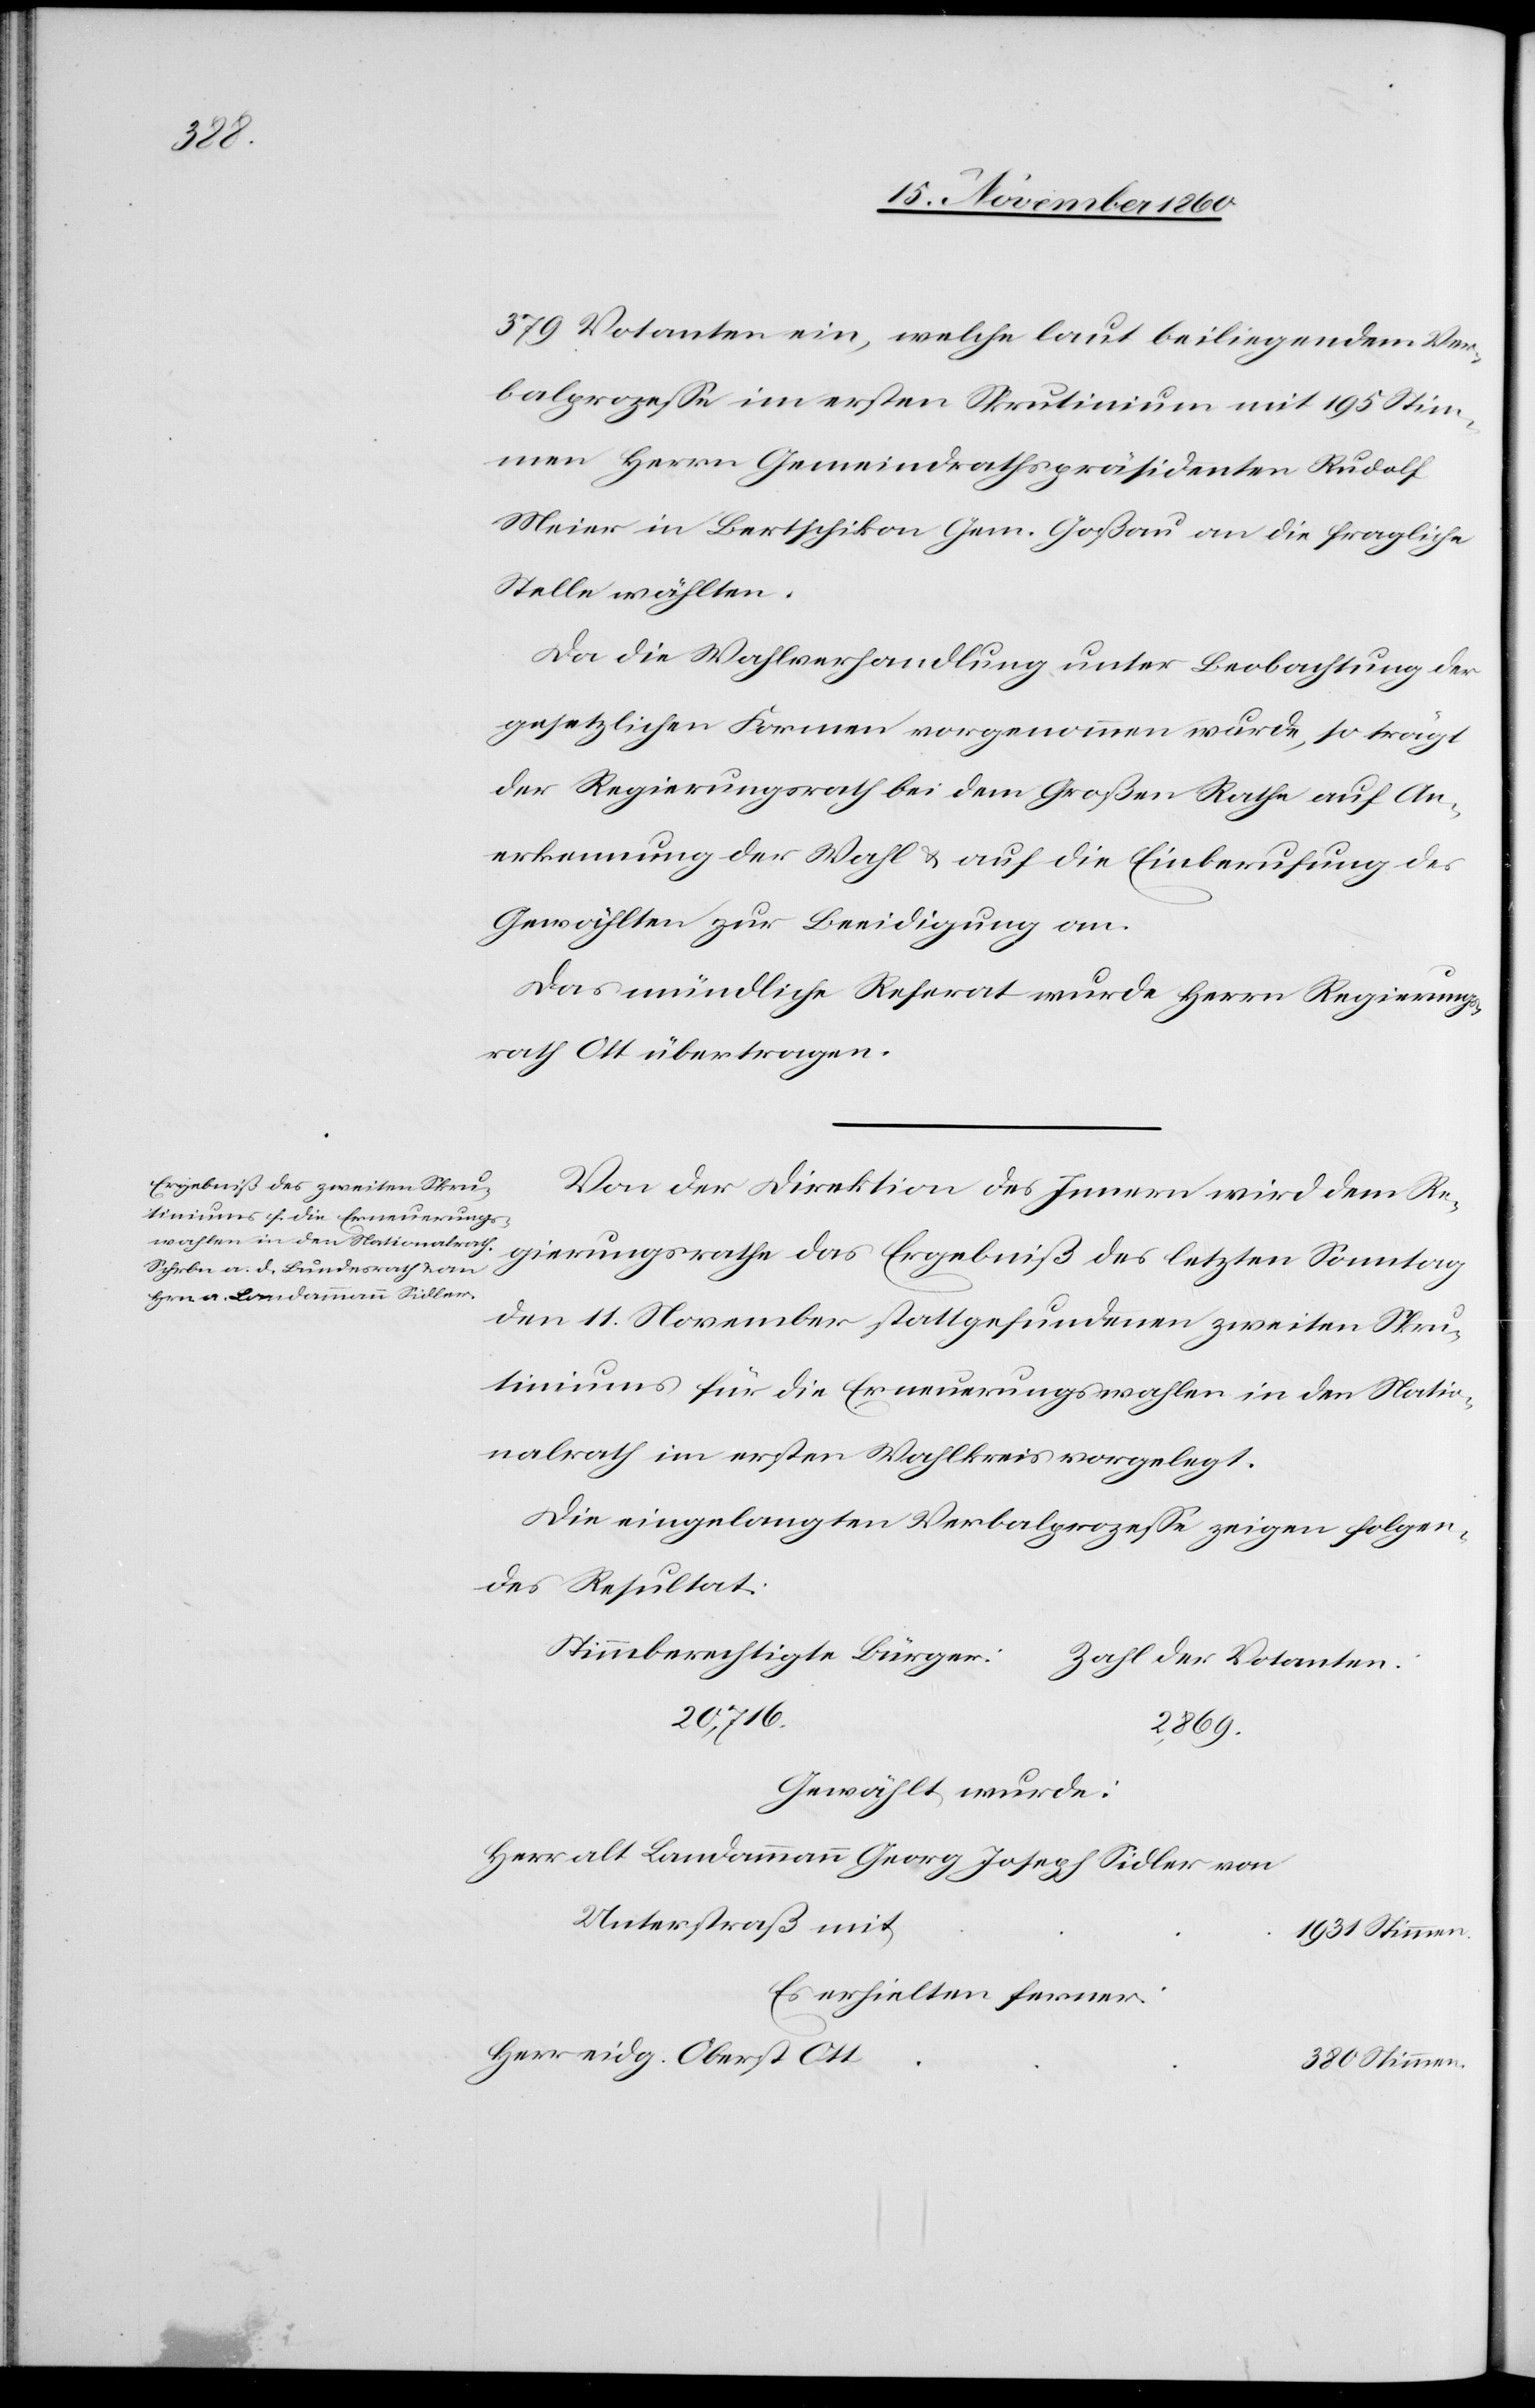
380

379 Votanten ein, welche laut beiliegendem Ver¬
balprozesse im ersten Skrutinium mit 195 Stim¬
men Herrn Gemeindrathspräsidenten Rudolf
Meier in Bertschikon Gem. Goßau an die fragliche
Stelle wählten.
Da die Wahlverhandlung unter Beobachtung der
gesetzlichen Formen vorgenommen wurde, so trägt
der Regierungsrath bei dem Großen Rathe auf An¬
erkennung der Wahl u. auf die Einberufung des
Gewählten zur Beeidigung an.
Das mündliche Referat wurde Herrn Regierungs¬
rath Ott übertragen.
Von der Direktion des Innern wird dem Re¬
gierungsrathe das Ergebniß des letzten Sonntag
den 11. November stattgefundenen zweiten Skru¬
tiniums für die Erneuerungswahlen in den Natio¬
nalrath im ersten Wahlkreis vorgelegt.
Die eingelangten Verbalprozesse zeigen folgen¬
des Resultat:
Stimmberechtigte Bürger
Zahl der Votanten
20,716.
2,869.
Gewählt wurde:
Herr alt Landammann Georg Joseph Sidler von
Unterstraß mit
Es erhielten ferner:
Herr eidg. Oberst Ott